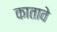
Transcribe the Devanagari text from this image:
कातावे